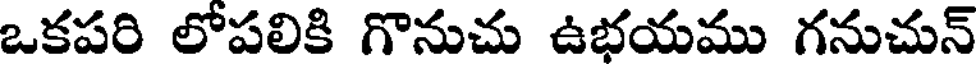
ఒకపరి లోపలికి గొనుచు ఉభయము గనుచున్